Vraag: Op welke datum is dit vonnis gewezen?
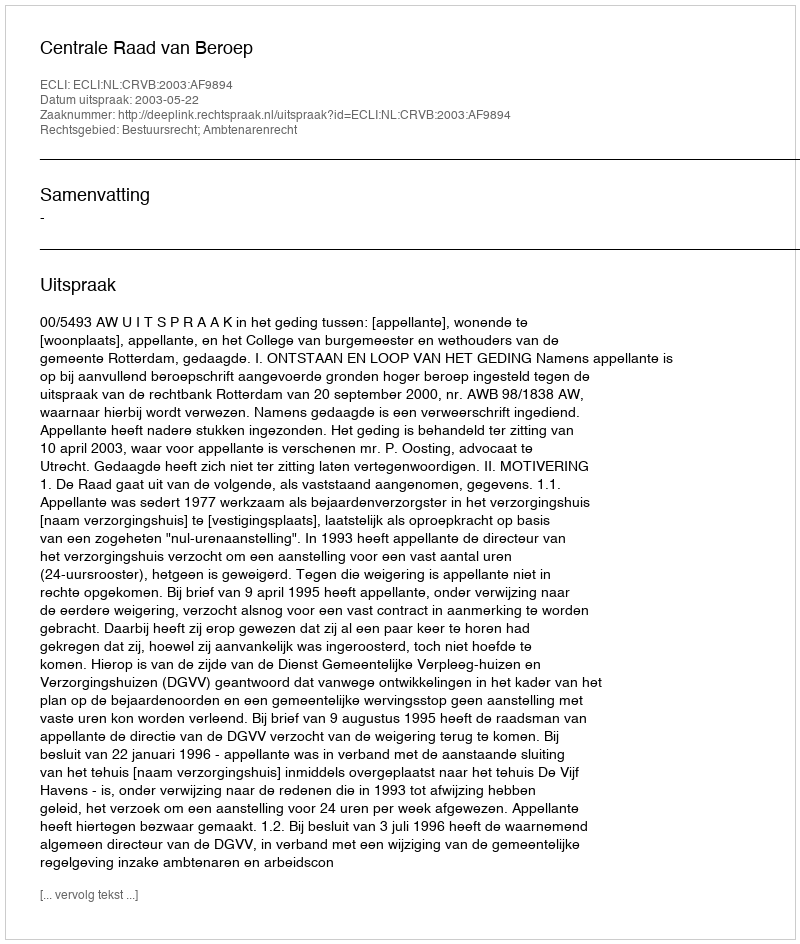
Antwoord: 2003-05-22